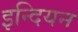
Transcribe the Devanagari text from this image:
इन्दियन